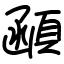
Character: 顄